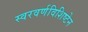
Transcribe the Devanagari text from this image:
स्वरवर्णविशिष्टेन